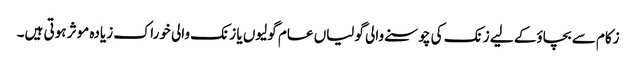
زکام سے بچاؤ‌کے لیے زنک کی چوسنے والی گولیاں عام گولیوں یا زنک والی خوراک زیادہ موثر ہوتی ہیں۔